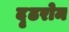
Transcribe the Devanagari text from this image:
दृढरोम